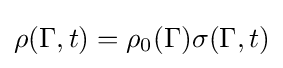
\rho (\Gamma ,t)=\rho _{0}(\Gamma )\sigma (\Gamma ,t)